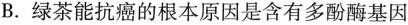
B.绿茶能抗癌的根本原因是含有多酚酶基因